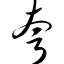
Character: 夸